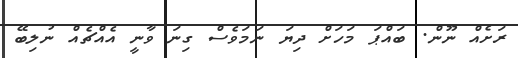
ރަށެއް ނޫން. ބައްޕަ މަހަށް ދިޔަ ނަމަވެސް ގިނަ ވާނީ އެއްޗެއް ނުލިބޭ